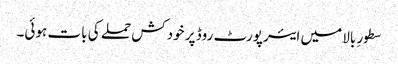
سطورِ بالا میں ایئرپورٹ روڈ پر خودکش حملے کی بات ہوئی۔